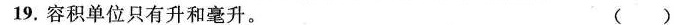
19.容积单位只有升和毫升。 ()